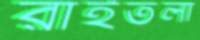
রাইতলা